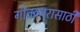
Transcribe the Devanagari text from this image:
गीतकारासाठी